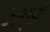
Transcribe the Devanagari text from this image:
जव्हँ